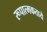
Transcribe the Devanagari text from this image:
रूपात्मकताये